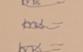
Signature authenticity: genuine